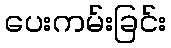
ပေးကမ်းခြင်း